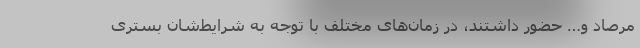
مرصاد و… حضور داشتند، در زمان‌های مختلف با توجه به شرایط‌شان بستری